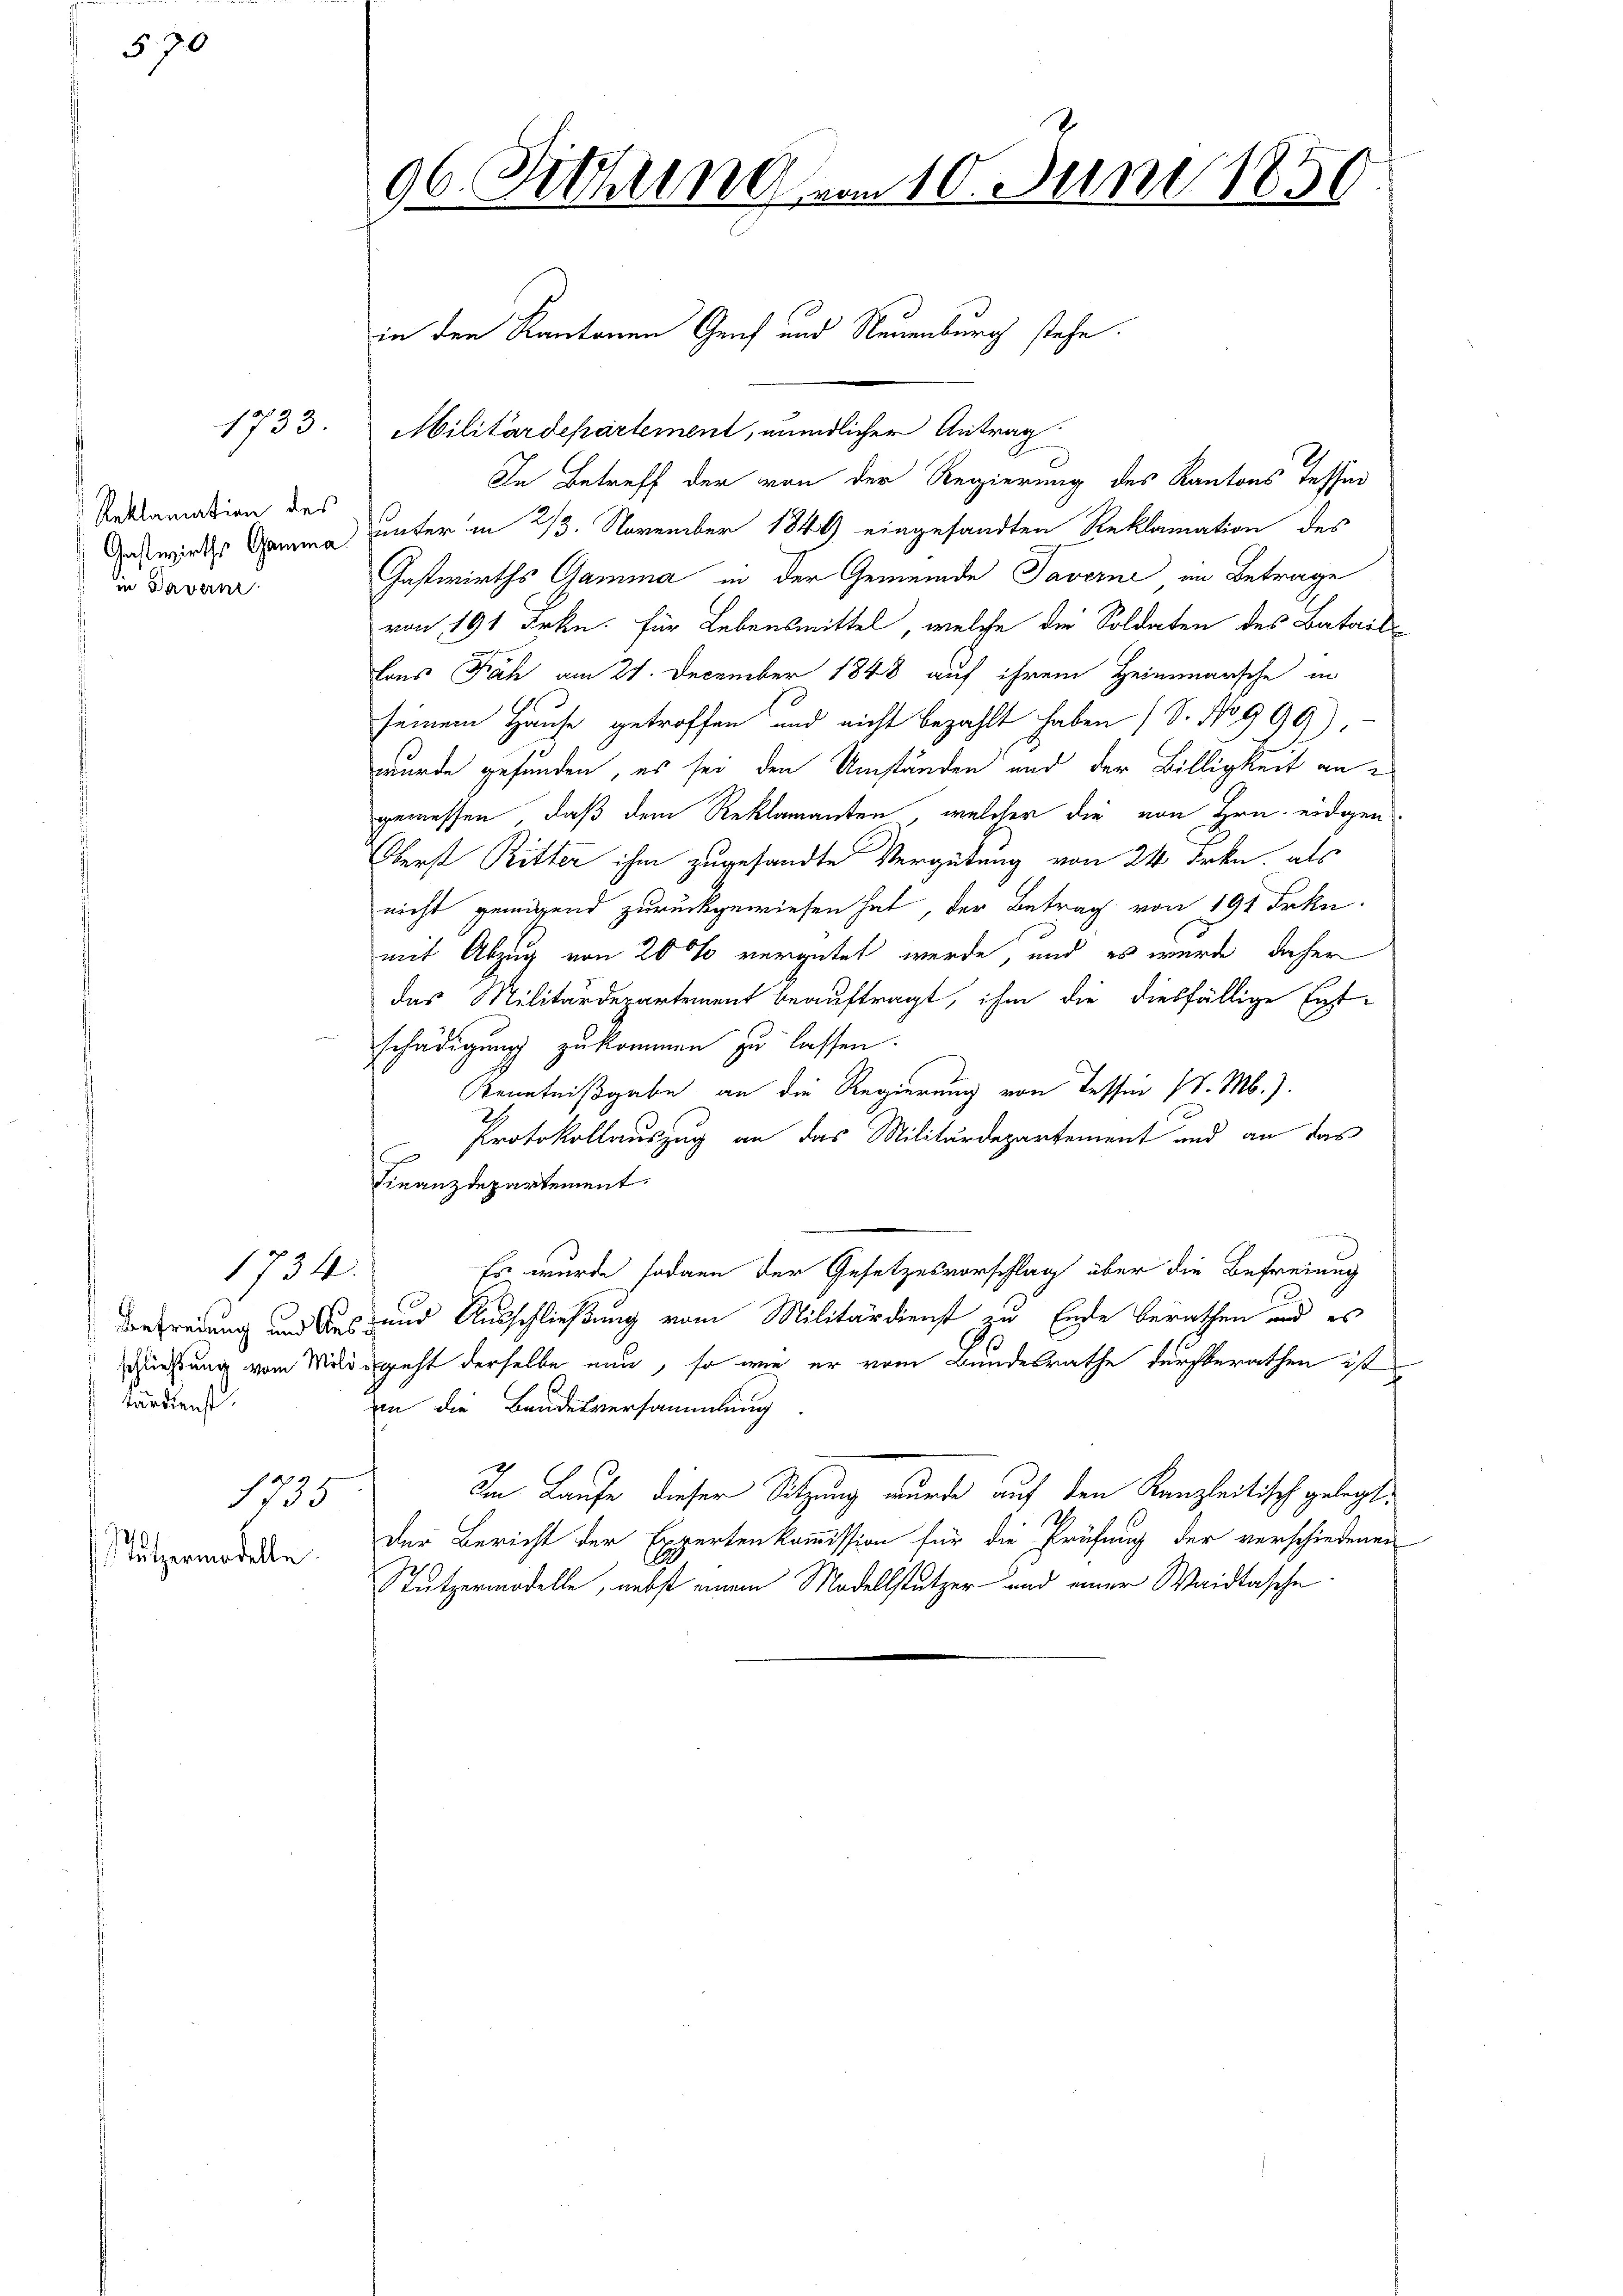
570

1733.

Reklamation des
Gastwirths Gamma
in Davern

1734
Befreiung und Aus
schließung vom Militärdienst.

tützermodelle

1735

i

96. Sitzung vom 10. Juni 1850

in den Kantonen Genf und Neuenburg stehe.

Militärdepartement, mündlicher Antrag
In Betreff der von der Regierung des Kantons Tessin
unter in 2/3. November 1849 eingesandten Reklamation des
Gastwirths Gamma in der Gemeinde Taverne im Betrage
von 191 Frkn. für Lebensmittel, welche die Soldaten des Batail
lons Fäh am 21. December 1848 auf ihrem Heimmarsche in
seinem Hause getroffen und nicht bezahlt haben (S. No 999)
wurde gefunden, es sei den Umständen und der Billigkeit an
gemessen, daß dem Reklamanten, welcher die von Hrn. eidgen
Oberst Ritter ihm zugesandte Vergütung von 24 Frkn. als
nicht gewissend zurückgewiesen hat, der Betrag von 191 Frkn.
mit Abzug von 20 % vergütet werde, und es wurde daher
das Militärdepartement beauftragt, ihm die diesfällige Ent-
schädigung zukommen zu lassen.
Kenntnißgabe an die Regierung von Tessin /. M.).
Protokollauszug an das Militärdepartement und an das
E
Finanzdepartement.
Es wurde sodann der Gesetzesvorschlag über die Befreiung
und Ausschließung vom Militärdienst zu Ende berathen und es
geht derselbe nun, so wie er vom Bundesrathe durchberathen ist
an die Bandesversammlung
Im Laufe dieser Sitzung wurde auf den Kanzleitisch gelegt:
Der Bericht der Expertenkommission für die Prüfung der verschiedenen
Stutzermodelle, nebst einem Modellstützer und einer Waidtasche